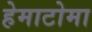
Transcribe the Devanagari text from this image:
हेमाटोमा